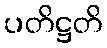
ပတိဋ္ဌတိ